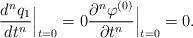
LaTeX: \begin{align*} \frac{d^n q_1 }{dt^n}\Big|_{t=0} = 0 \frac{\partial^n\varphi^{(0)}}{\partial t^n}\Big|_{t=0}= 0.\end{align*}